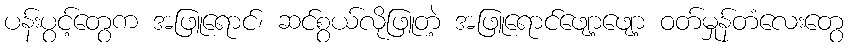
ပန်းပွင့်တွေက အဖြူရောင်၊ ဆင်စွယ်လိုဖြူတဲ့ အဖြူရောင်ဖျော့ဖျော့ ဝတ်မှုန်တံလေးတွေ